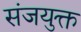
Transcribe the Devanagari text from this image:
संजयुक्त